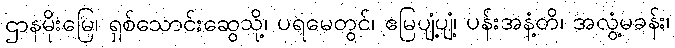
ဌာနမိုးမြေ၊ ရှစ်သောင်းဆွေသို့၊ ပရမေတွင်၊ ဧမြပျံ့ပျံ့၊ ပန်းအနံ့တိ၊ အလွံ့မခန်း၊